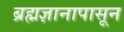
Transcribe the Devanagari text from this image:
ब्रह्मज्ञानापासून